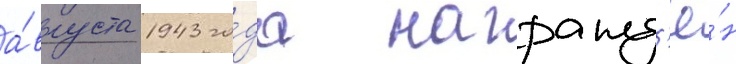
а́вгуста 1943 го́да награжд'ё́н